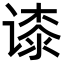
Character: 𬤘